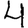
Digit: 4